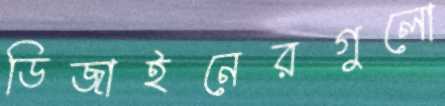
ডিজাইনেরগুলো